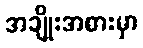
အချိုးအစားမှာ